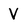
Character: V